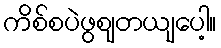
ကိစ်စပဲဖွဈတယျပေါ့။